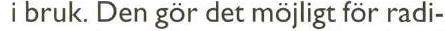
 i bruk. Den gör det möjligt för radi-